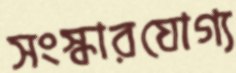
সংস্কারযোগ্য